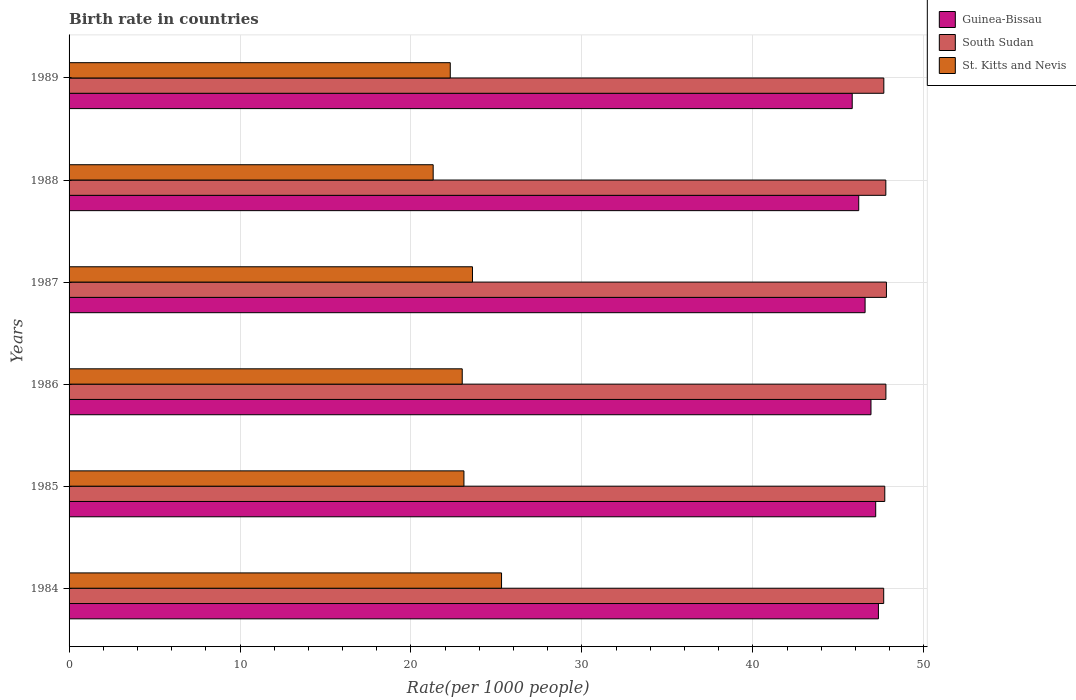
| Years | Guinea-Bissau | South Sudan | St. Kitts and Nevis |
 | --- | --- | --- | --- |
 | 1984 | 47.3 | 47.7 | 25.3 |
 | 1985 | 47.2 | 47.7 | 23.1 |
 | 1986 | 46.9 | 47.8 | 23 |
 | 1987 | 46.6 | 47.8 | 23.6 |
 | 1988 | 46.2 | 47.8 | 21.3 |
 | 1989 | 45.8 | 47.7 | 22.3 |